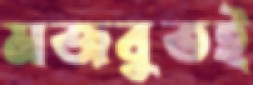
মজবুতই